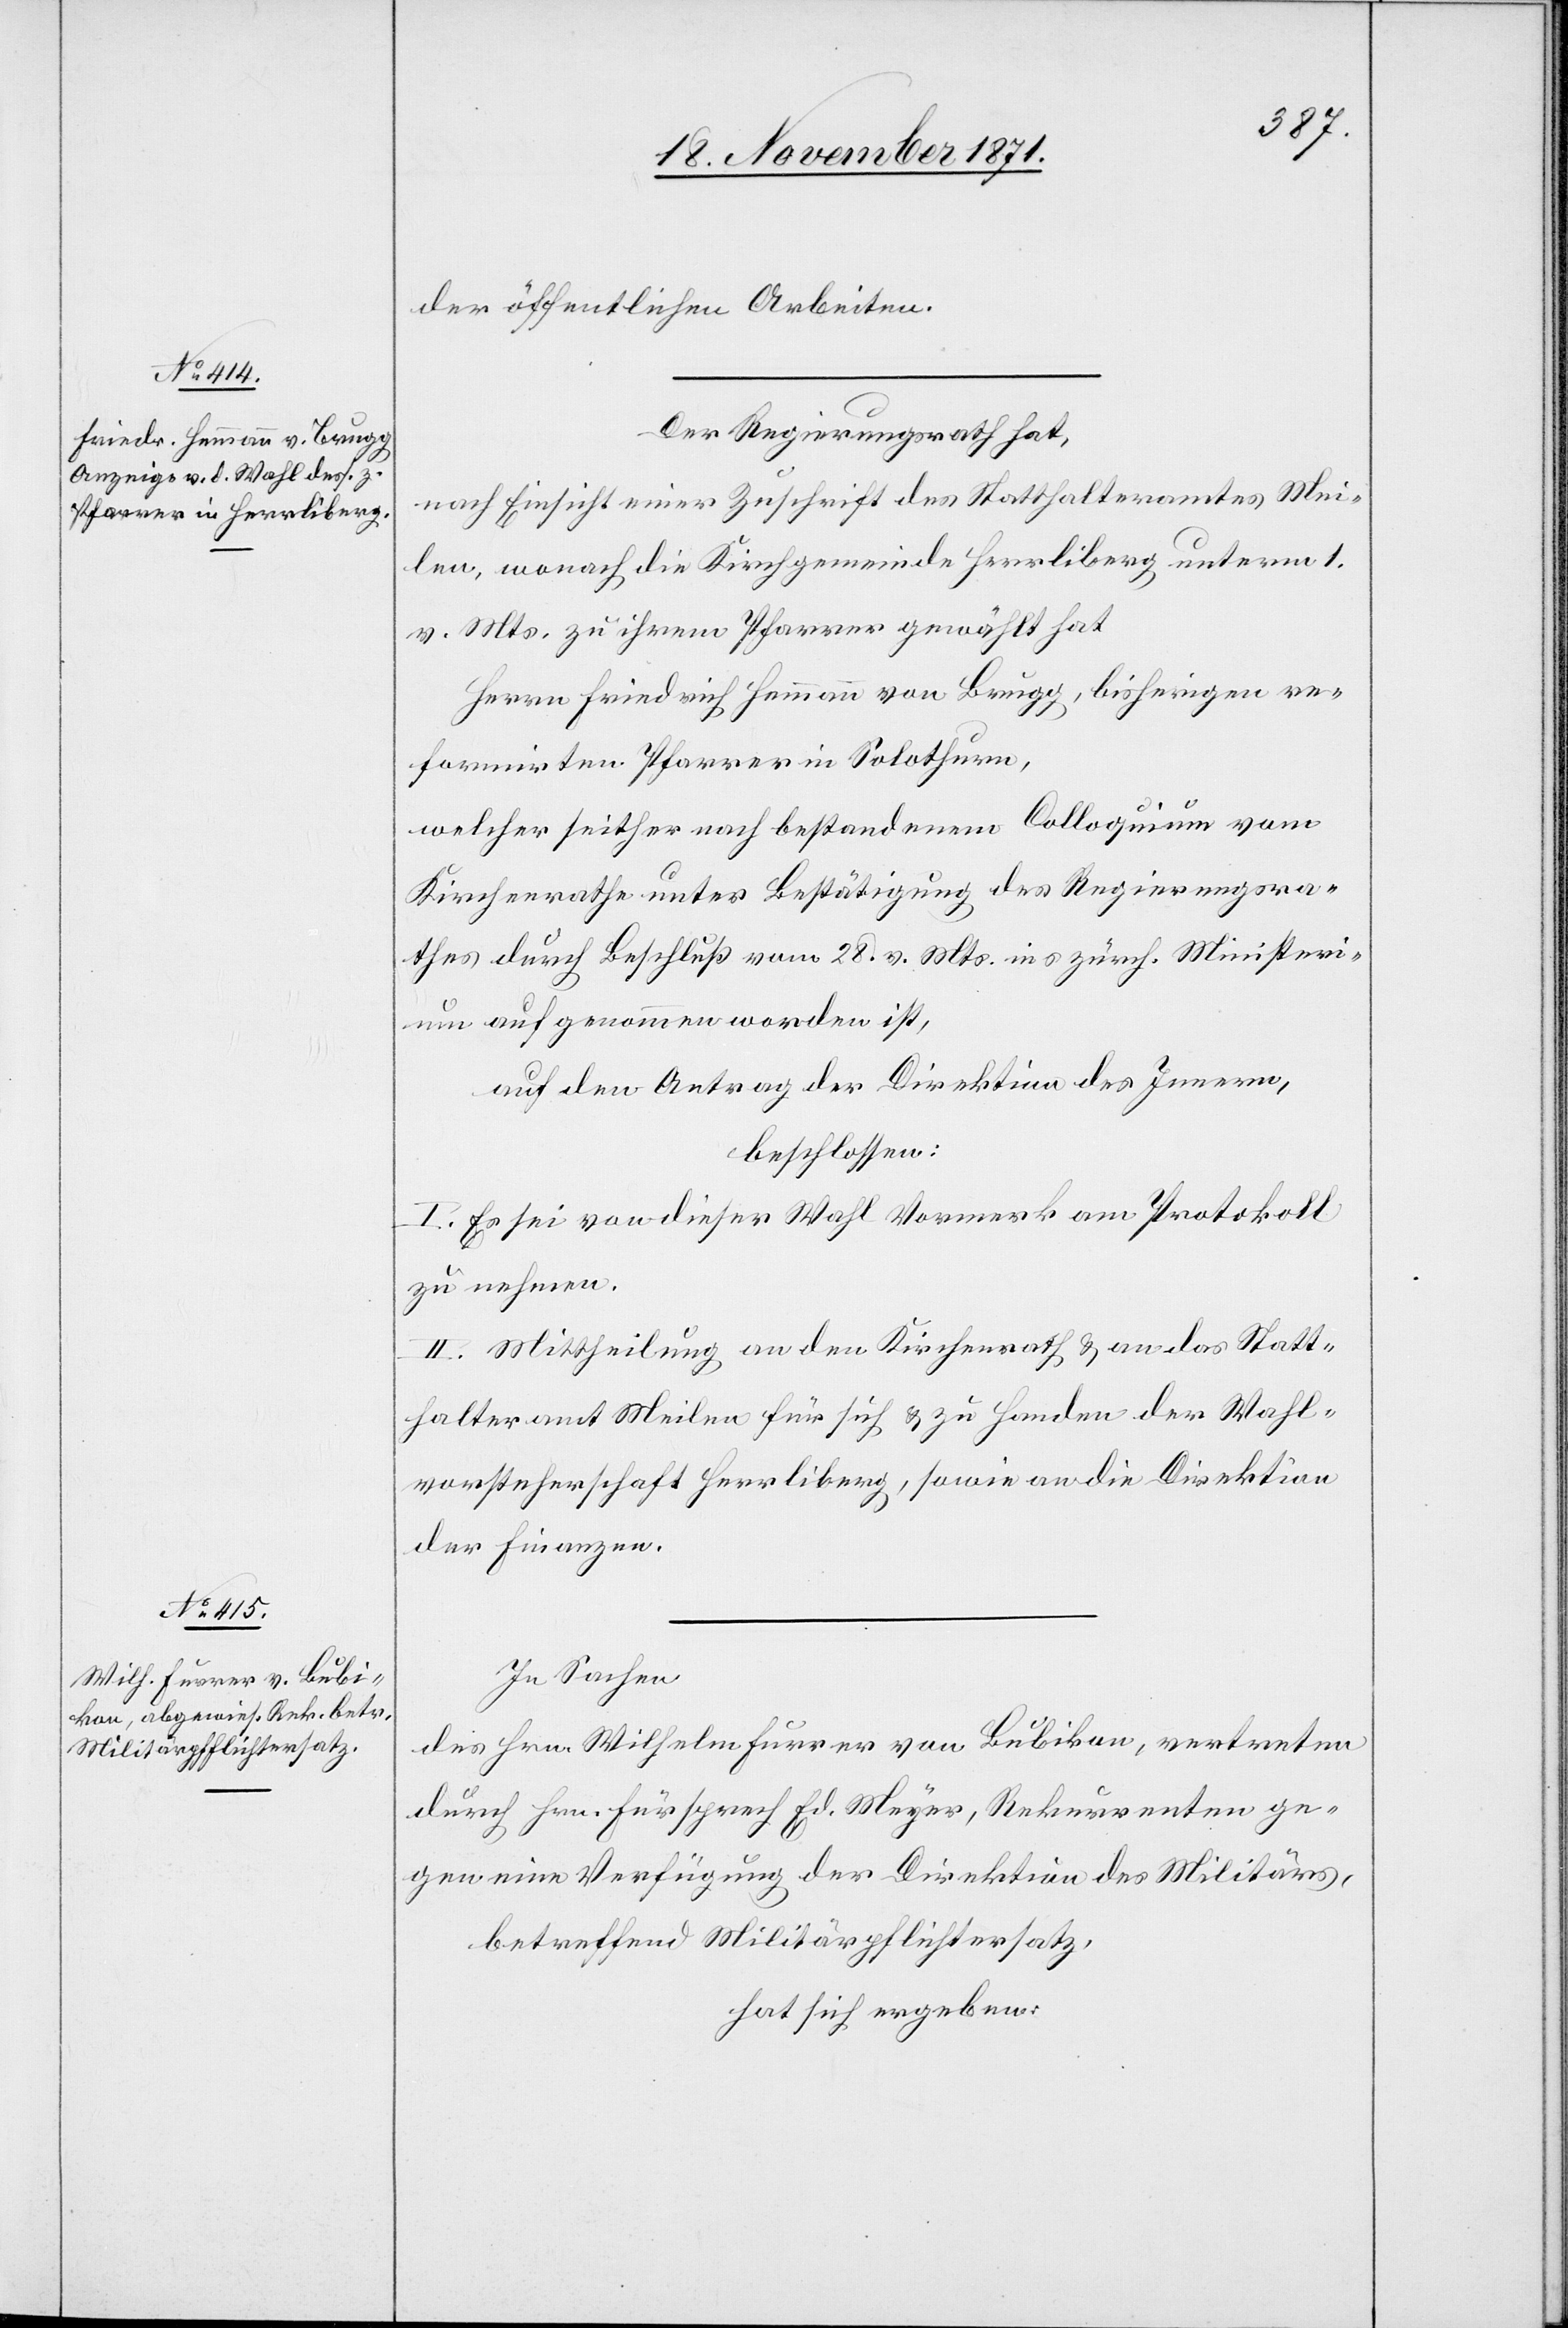
der öffentlichen Arbeiten.
Der Regierungsrath hat,
nach Einsicht einer Zuschrift des Statthalteramtes Wei¬
len, wonach die Kirchgemeinde Herrliberg unterm 1.
v. Mts. zu ihrem Pfarrer gewählt hat
Herrn Friedrich Hemmann von Brugg, bisheriger re¬
formirter Pfarrer in Solothurn,
welcher seither nach bestandenem Colloquium vom
Kirchenrathe unter Bestätigung des Regierungsra¬
thes durch Beschluß vom 28. v. Mts. ins zürch. Ministeri¬
um aufgenommen worden ist,
auf den Antrag der Direktion des Innern,
beschlossen:
I. Es sei von dieser Wahl Vormerk am Protokoll
zu nehmen.
II. Mittheilung an den Kirchenrath & an das Statt¬
halteramt Meilen für sich & zu Handen der Wahl¬
vorsteherschaft Herrliberg, sowie an die Direktion
der Finanzen.
In Sachen
des Hrn. Wilhelm Furrer von Bubikon, vertreten
durch Hrn. Fürsprech Ed. Meyer, Rekurrenten ge¬
gen eine Verfügung der Direktion des Militärs,
betreffend Militärpflichtersatz,
hat sich ergeben: